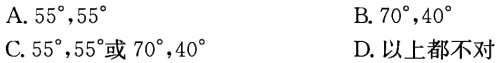
A. \(55^{\circ},55^{\circ}\)
B. \(70^{\circ},40^{\circ}\)
C. \(55^{\circ},55^{\circ}\text{或}70^{\circ},40^{\circ}\)
D. 以上都不对